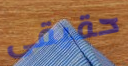
حقيقى